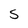
Character: 5